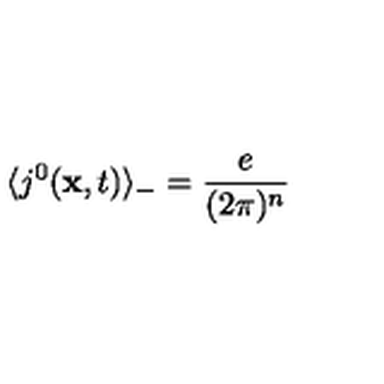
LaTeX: \langle j ^ { 0 } ( { \bf x } , t ) \rangle _ { - } = \frac { e } { ( 2 \pi ) ^ { n } }